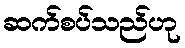
ဆက်စပ်သည်ဟု